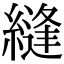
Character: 縫